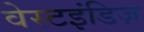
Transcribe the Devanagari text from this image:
वेस्टइंडिज़